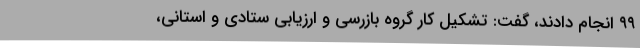
۹۹ انجام دادند، گفت: تشکیل کار گروه بازرسی و ارزیابی ستادی و استانی،